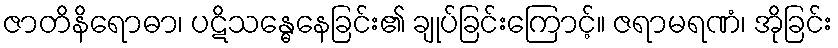
ဇာတိနိရောဓာ၊ ပဋိသန္ဓေနေခြင်း၏ ချုပ်ခြင်းကြောင့်။ ဇရာမရဏံ၊ အိုခြင်း